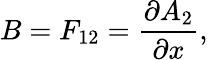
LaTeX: B=F_{12}=\frac{\partial A_{2}}{\partial x},